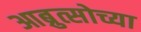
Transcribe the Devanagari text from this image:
आब्रुत्सोच्या